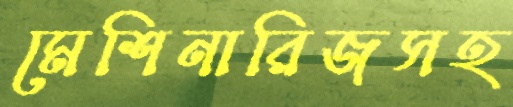
মেশিনারিজসহ